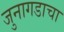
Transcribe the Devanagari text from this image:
जुनागडाचा